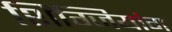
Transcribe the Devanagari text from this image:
शिंग्जियांग